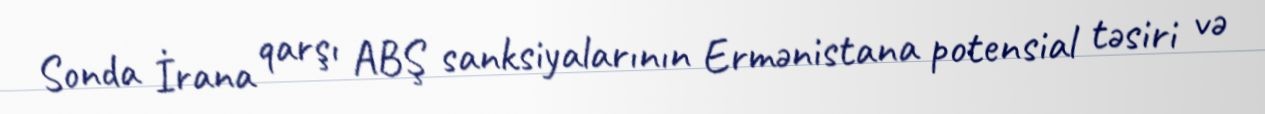
Sonda İrana qarşı ABŞ sanksiyalarının Ermənistana potensial təsiri və